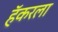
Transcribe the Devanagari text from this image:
हॅकरला